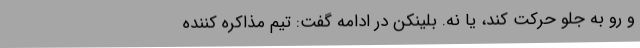
و رو به جلو حرکت کند، یا نه. بلینکن در ادامه گفت: تیم مذاکره کننده